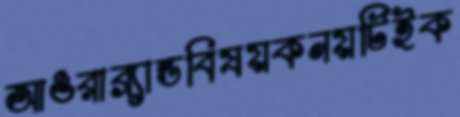
আঙরাব্র্যান্ডবিষয়কনয়টিইক